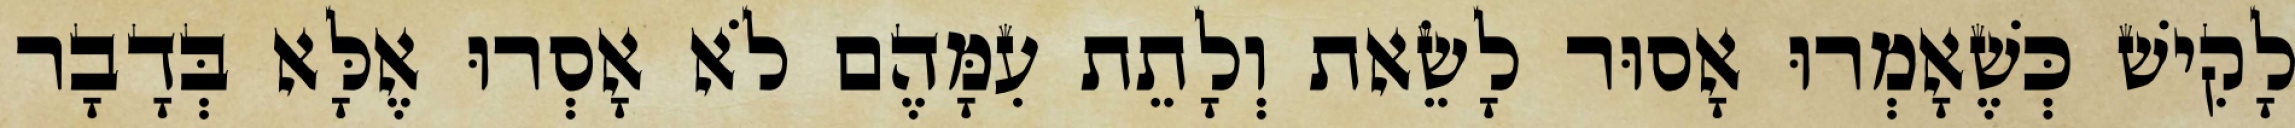
לָקִישׁ כְּשֶׁאָמְרוּ אָסוּר לָשֵׂאת וְלָתֵת עִמָּהֶם לֹא אָסְרוּ אֶלָּא בְּדָבָר